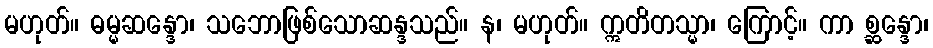
မဟုတ်။ ဓမ္မဆန္ဒော၊ သဘောဖြစ်သောဆန္ဒသည်။ န၊ မဟုတ်။ ဣတိတသ္မာ၊ ကြောင့်။ ကာ စ္ဆန္ဒော၊